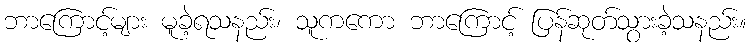
ဘာကြောင့်များ မူခဲ့ရသနည်း၊ သူကကော ဘာကြောင့် ပြန်ဆုတ်သွားခဲ့သနည်း။